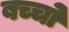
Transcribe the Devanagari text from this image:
बच्चोंं